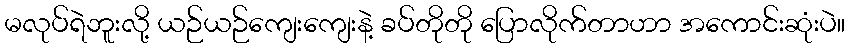
မလုပ်ရဲဘူးလို့ ယဉ်ယဉ်ကျေးကျေးနဲ့ ခပ်တိုတို ပြောလိုက်တာဟာ အကောင်းဆုံးပဲ။